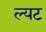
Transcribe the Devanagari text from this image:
ल्यट